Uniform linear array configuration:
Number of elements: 48
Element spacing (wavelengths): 1
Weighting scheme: exponential
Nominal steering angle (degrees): -15
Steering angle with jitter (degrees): -14.998
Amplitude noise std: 0.05
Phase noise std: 0.05

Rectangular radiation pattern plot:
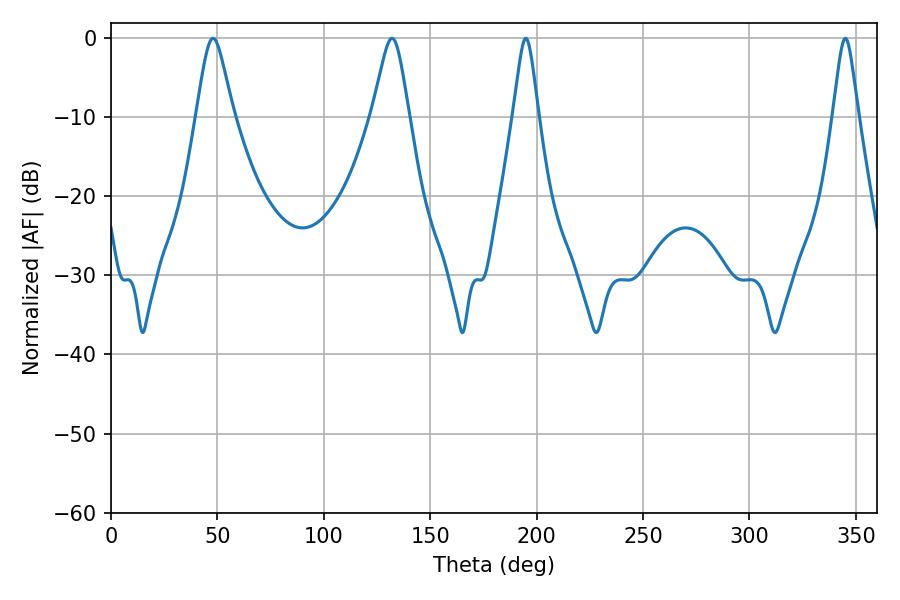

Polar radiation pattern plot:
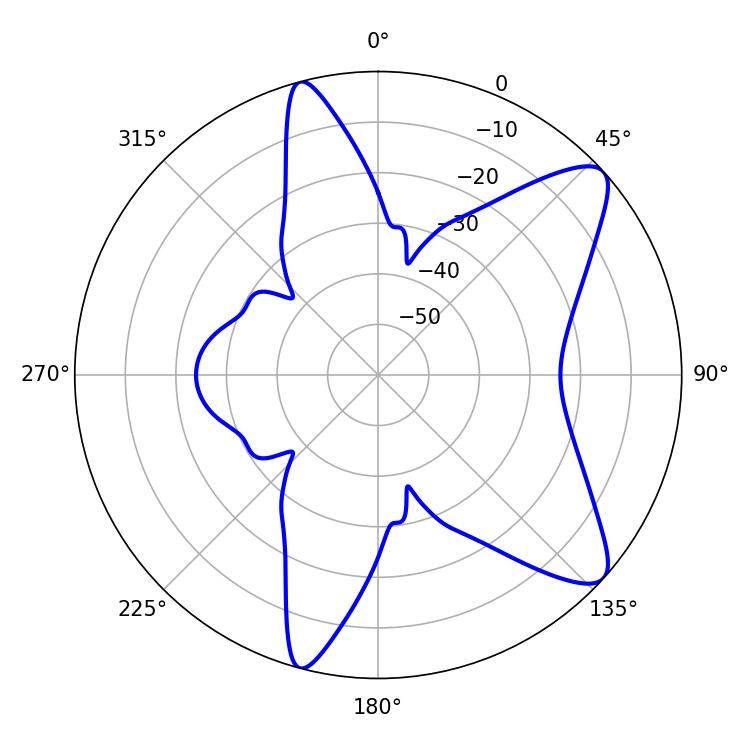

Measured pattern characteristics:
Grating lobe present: TRUE
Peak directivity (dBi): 9.85
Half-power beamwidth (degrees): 5.76
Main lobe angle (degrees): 345.06